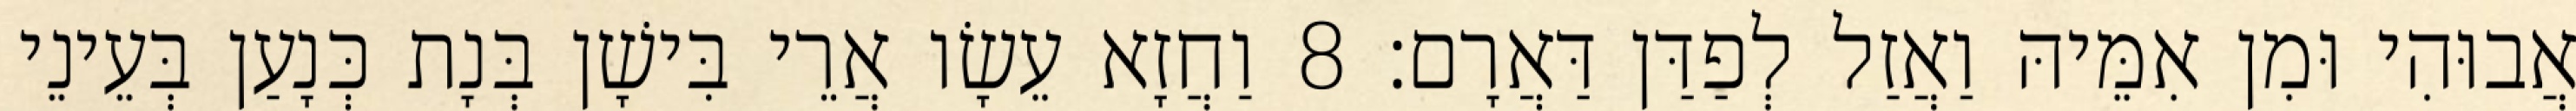
אֲבוּהִי וּמִן אִמֵּיהּ וַאֲזַל לְפַדַּן דַּאֲרָם׃ 8 וַחֲזָא עֵשָׂו אֲרֵי בִּישָׁן בְּנָת כְּנָעַן בְּעֵינֵי